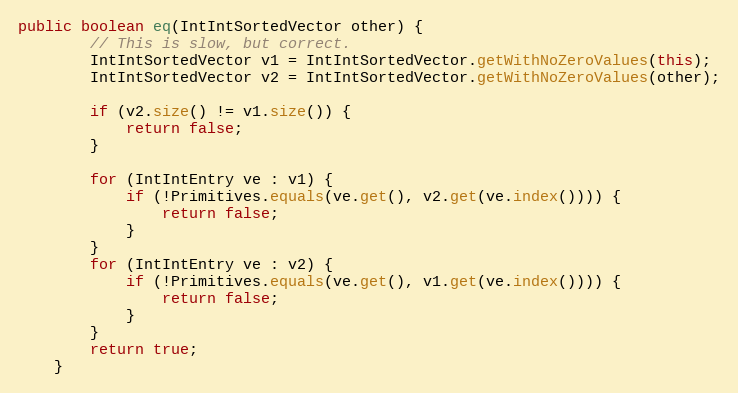
Language: Java
public boolean eq(IntIntSortedVector other) {
        // This is slow, but correct.
        IntIntSortedVector v1 = IntIntSortedVector.getWithNoZeroValues(this);
        IntIntSortedVector v2 = IntIntSortedVector.getWithNoZeroValues(other);

        if (v2.size() != v1.size()) {
            return false;
        }

        for (IntIntEntry ve : v1) {
            if (!Primitives.equals(ve.get(), v2.get(ve.index()))) {
                return false;
            }
        }
        for (IntIntEntry ve : v2) {
            if (!Primitives.equals(ve.get(), v1.get(ve.index()))) {
                return false;
            }
        }
        return true;
    }